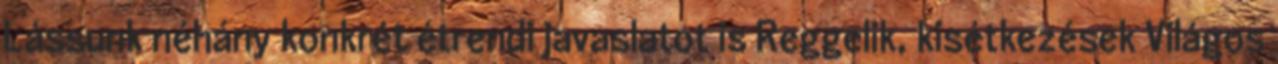
Lássunk néhány konkrét étrendi javaslatot is Reggelik, kisétkezések Világos